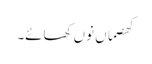
کھصماں نوں کھائے۔